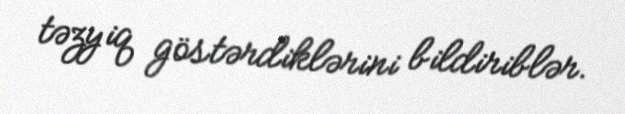
təzyiq göstərdiklərini bildiriblər.